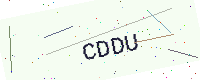
Text: CDDU